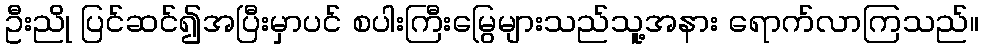
ဦးညို ပြင်ဆင်၍အပြီးမှာပင် စပါးကြီးမြွေများသည်သူ့အနား ရောက်လာကြသည်။